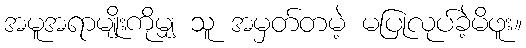
အမူအရာမျိုးကိုမျှ သူ အမှတ်တမဲ့ မပြုလုပ်ခဲ့မိဖူး။